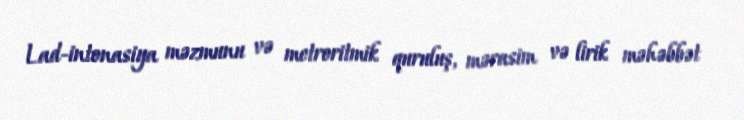
Lad-intonasiya məzmunu və metroritmik quruluş, mərasim və lirik məhəbbət